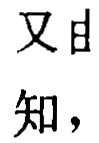
又曰
知，